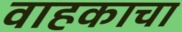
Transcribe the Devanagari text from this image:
वाहकाचा